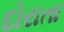
દોરાતા